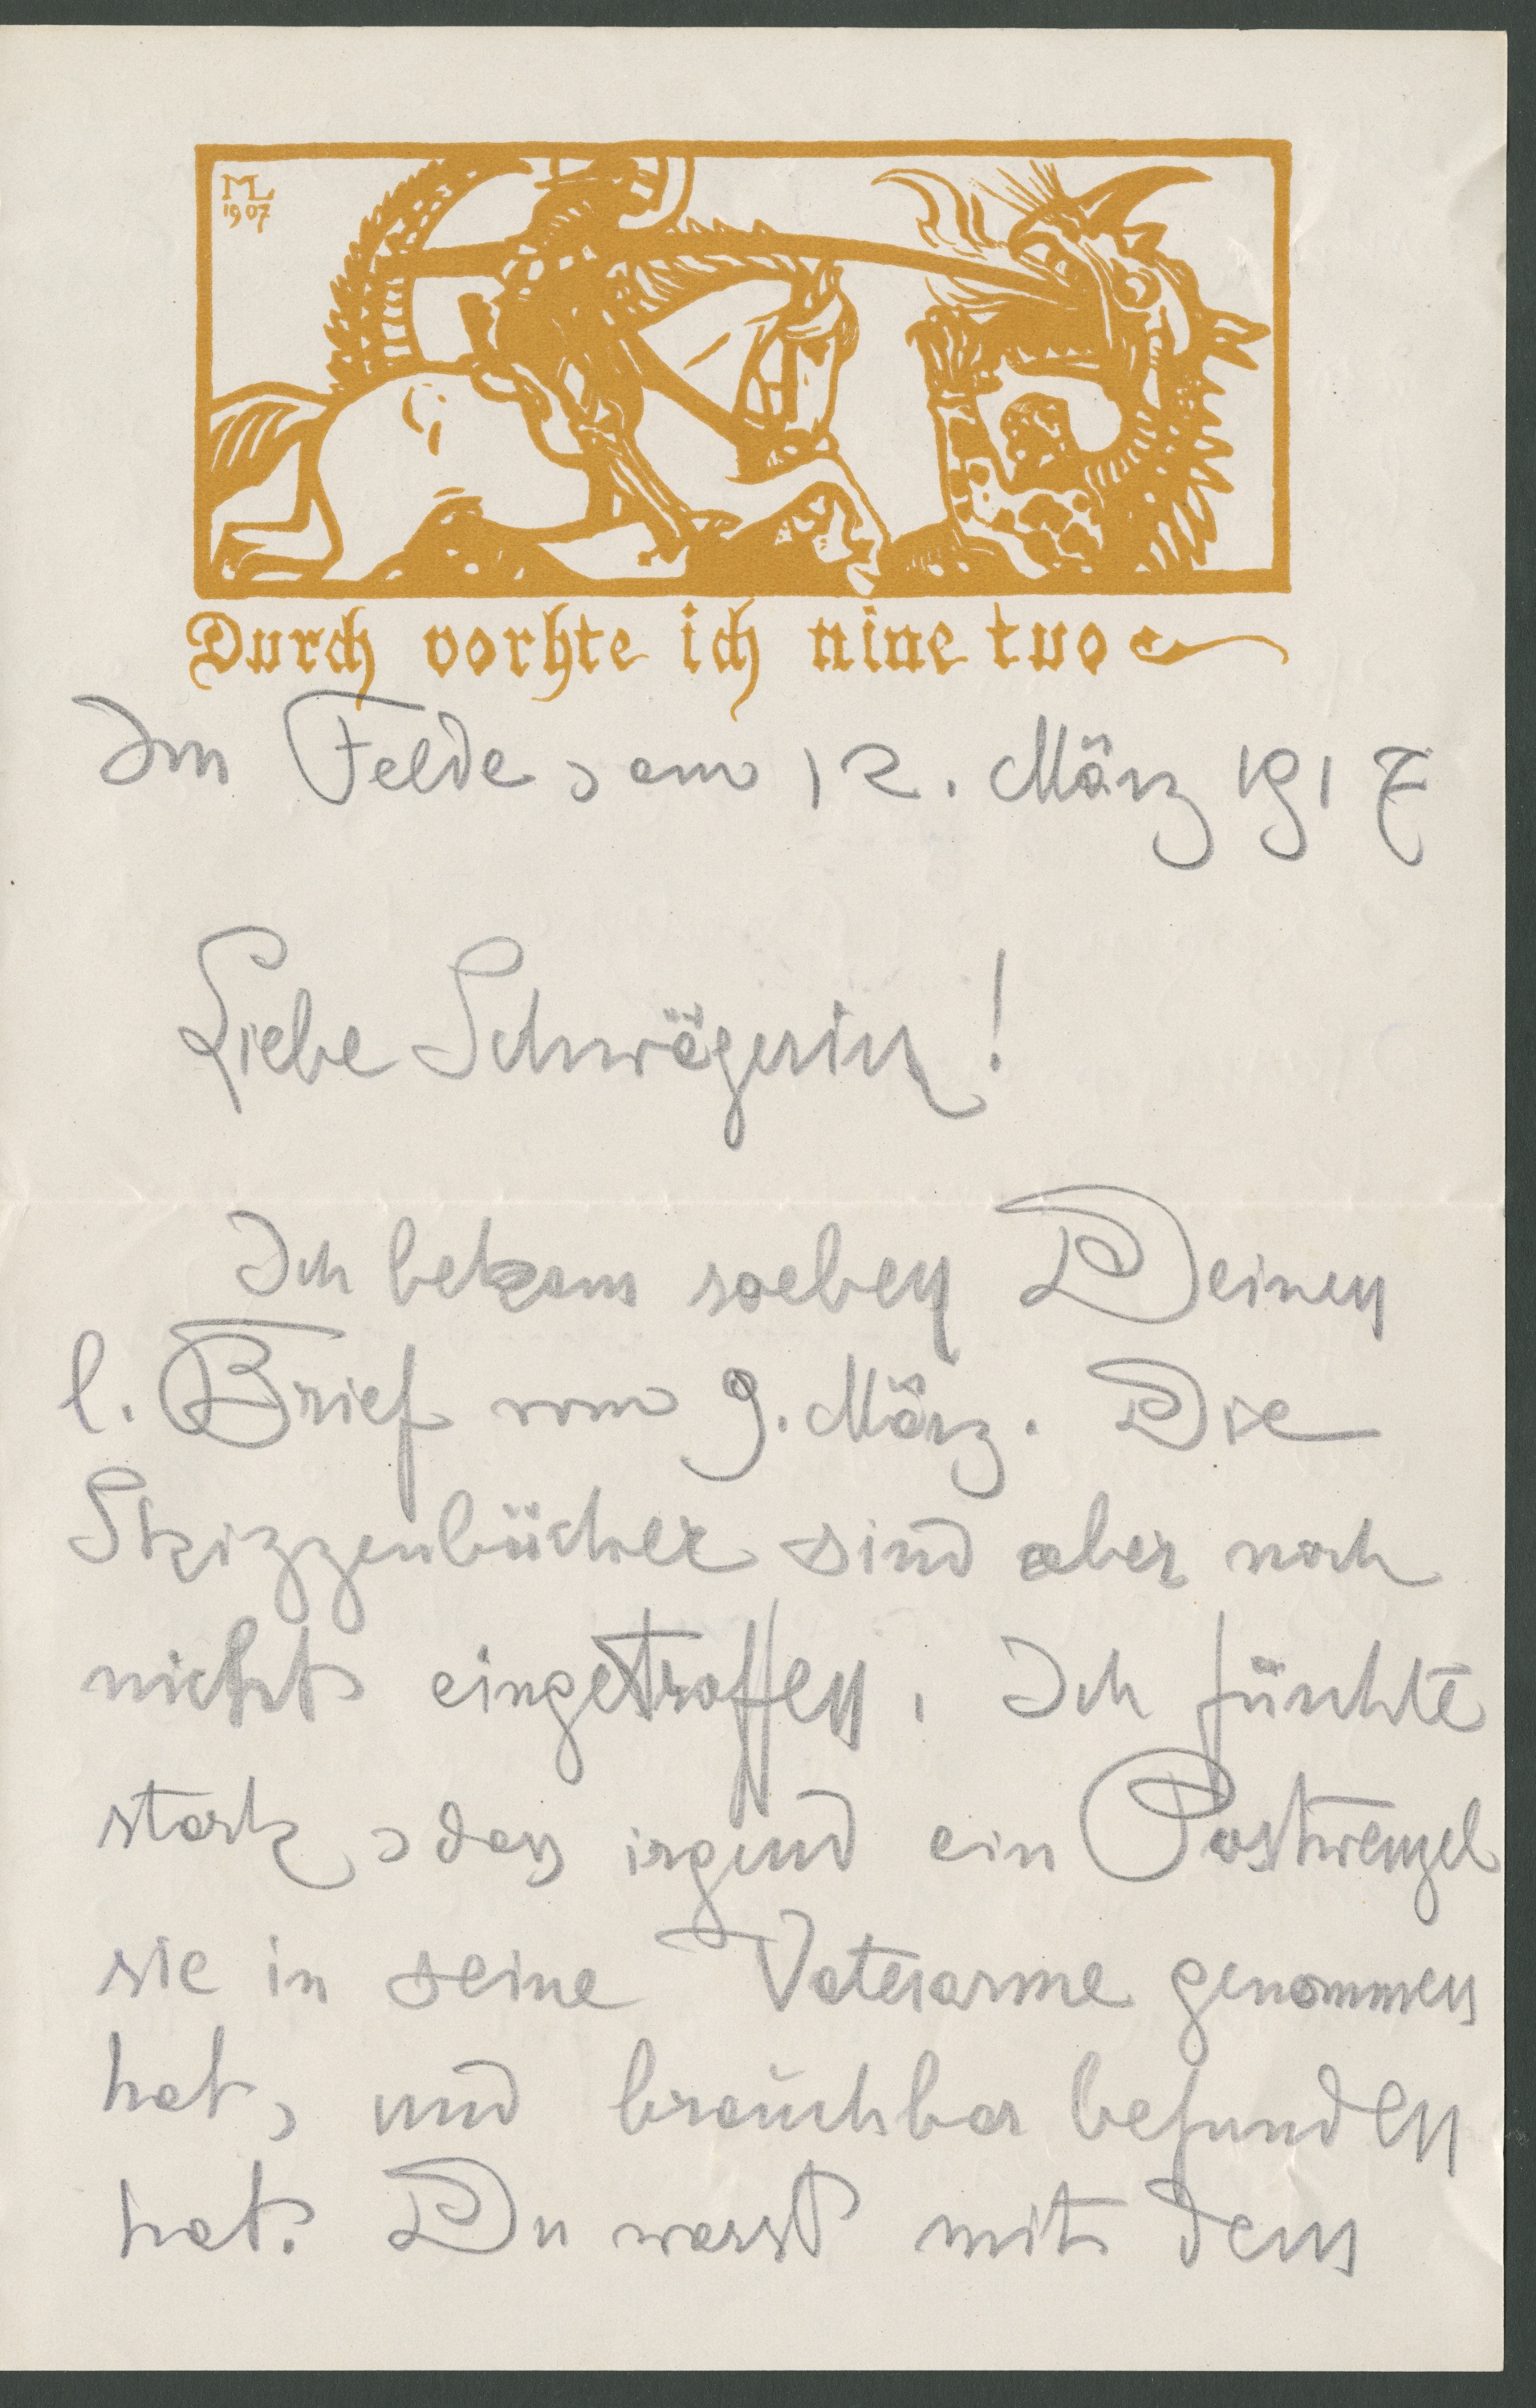
1907
Durch vorhte ich nine tuo
Im Felde, am 12. März 1917.
Liebe Schwägerin!
Ich bekam soeben Deinen
l. Brief vom 9. März. Die
Skizzenbücher sind abr noch
nicht eingetroffen. Ich fürchte
stark, dass irgend ein Postwenzel
sie in seine Vaterarme genommen
hat, und brauchbar befunden
hat. Du warst mit dem